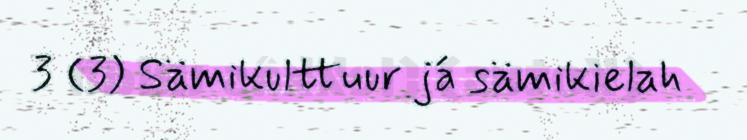
3 (3) Sämikulttuur já sämikielah